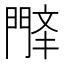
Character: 𫔤